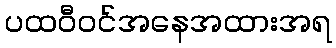
ပထဝီဝင်အနေအထားအရ